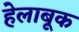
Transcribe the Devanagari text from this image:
हेलाबूक